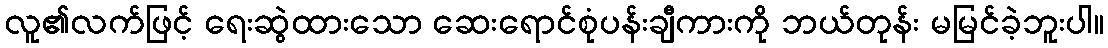
လူ၏လက်ဖြင့် ရေးဆွဲထားသော ဆေးရောင်စုံပန်းချီကားကို ဘယ်တုန်း မမြင်ခဲ့ဘူးပါ။